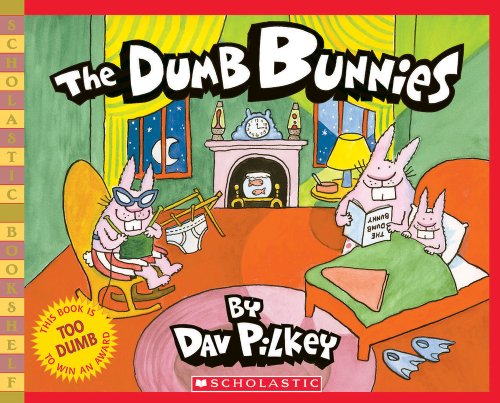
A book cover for The Dumb Bunnies; Dav Pilkey; Children's Books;